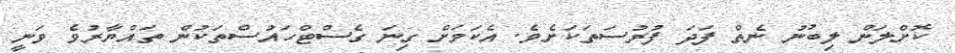
ކޮށްލަން ލިބުނު ނެތް ފަދަ ފުރުސަތަކަށެވެ. އެކަމަށް ގިނަ ގެސްޓްހައުސްތަކުން ތައްޔާރުވެ ވަނީ